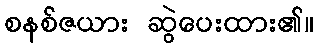
စနစ်ဇယား ဆွဲပေးထား၏။